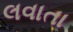
લવાતા